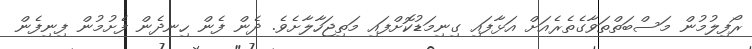
ރޯފިލުމުން މަސްބަތްތަވާގެތެރެއަށް އަޅާފައި ގިނިމަޑުކޮށްފައި މަތިޖަހާލާށެވެ. ދެން ފެން ހިނދެން ފެށުމުން ފިނިފެން